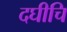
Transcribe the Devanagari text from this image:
दघीचि